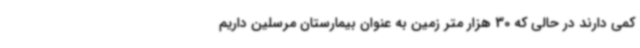
کمی دارند در حالی که 30 هزار متر زمین به عنوان بیمارستان مرسلین داریم